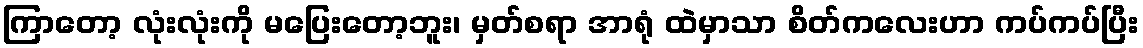
ကြာတော့ လုံးလုံးကို မပြေးတော့ဘူး၊ မှတ်စရာ အာရုံ ထဲမှာသာ စိတ်ကလေးဟာ ကပ်ကပ်ပြီး